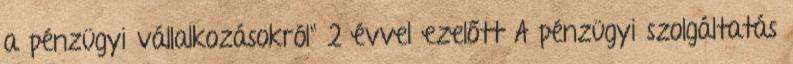
a pénzügyi vállalkozásokról" 2 évvel ezelőtt A pénzügyi szolgáltatás